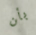
بأن